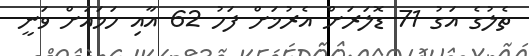
ތެލުގެ އަގު 71 ޑޮލަރަށް އެރުމަށް ފަހު 62 އާއި ހަމައަށް ވަނީ